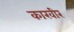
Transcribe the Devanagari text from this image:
कारवीर